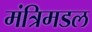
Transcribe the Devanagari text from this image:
मंत्रिमडल